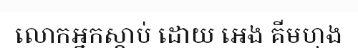
លោកអ្នកស្តាប់ ដោយ អេង គីមហុង